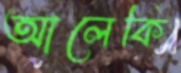
আলেকি